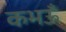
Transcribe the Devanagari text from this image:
कभऊँ